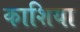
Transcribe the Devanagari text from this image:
काशिया